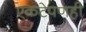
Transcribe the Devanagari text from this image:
एकटेपणही